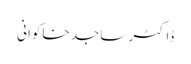
ڈاکٹر ساجد خاکوانی